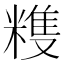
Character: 𥻬